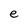
Character: e